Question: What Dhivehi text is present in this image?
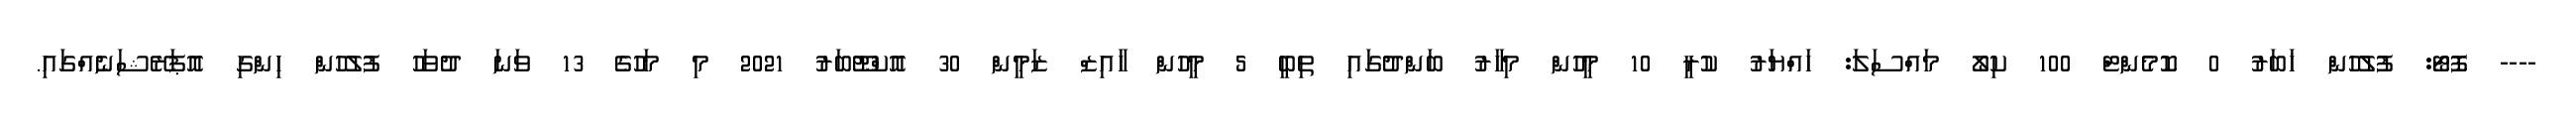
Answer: ---- ފޮޓޯ: ފުލުހުން ޚަބަރު 0 ކޮމެންޓް 100 ކިލޯ މައްސަލަ: ހައްޔަރު ކުރީ 10 މީހުން މިހާރު ބަންދުގައި ތިބީ 5 މީހުން ހާއިޒް ޒަމީން 30 އޮކްޓޫބަރު 2021 މި މަހުގެ 13 ވަނަ ދުވަހު ފުލުހުން ހިންގި އޮޕަރޭޝަނެއްގައި.